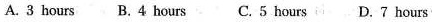
A.3 hours B. 4 hours C. 5 hours D. 7 hours